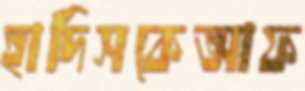
হাদিসকেআফ